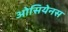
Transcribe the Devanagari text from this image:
ओसियेनस